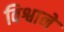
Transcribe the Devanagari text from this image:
विश्वाने